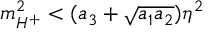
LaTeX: m _ { H ^ { + } } ^ { 2 } < ( a _ { 3 } + \sqrt { a _ { 1 } a _ { 2 } } ) \eta ^ { 2 }